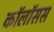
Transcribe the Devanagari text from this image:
कॉलॉसस